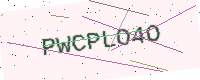
Text: PWCPLO4O